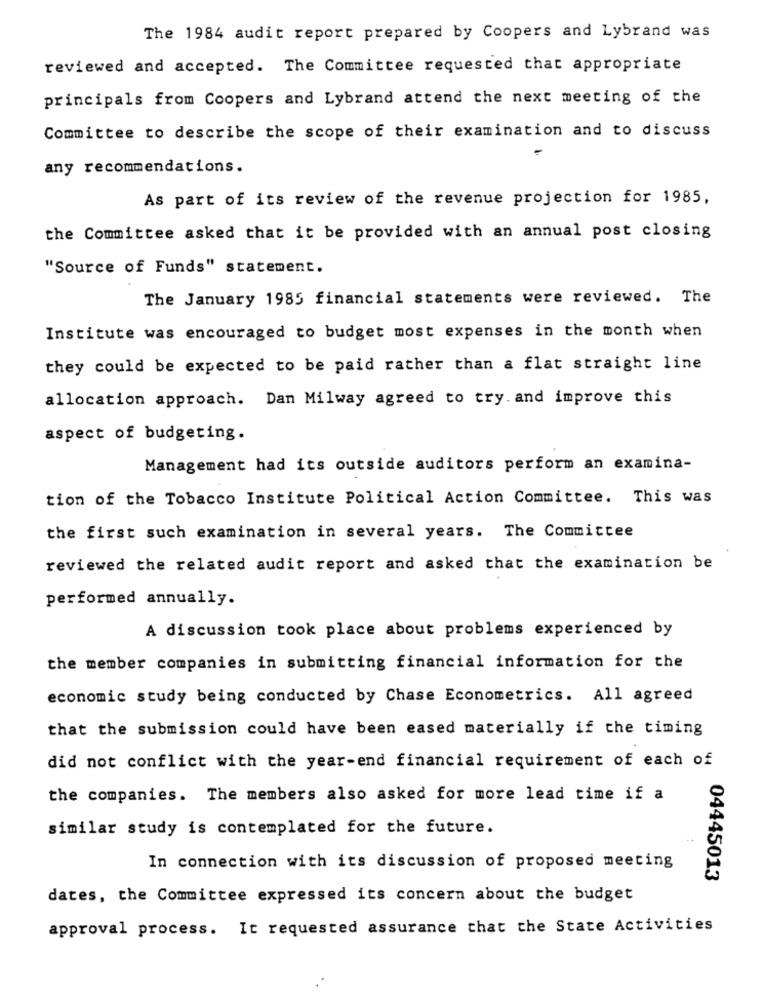
The 1984 audit report prepared by Coopers and Lybrand was
reviewed and accepted. The Committee requested that appropriate
principals from Coopers and Lybrand attend the next meeting of the
Committee to describe the scope of their examination and to discuss
any recommendations.
As part of its review of the revenue projection for 1985,
the Committee asked that it be provided with an annual post closing
"Source of Funds" statement.
The January 1985 financial statements were reviewed. The
Institute was encouraged to budget most expenses in the month when
they could be expected to be paid rather than a flat straight line
allocation approach. Dan Milway agreed to try. and improve this
aspect of budgeting.
Management had its outside auditors perform an examina-
tion of the Tobacco Institute Political Action Committee. This was
the first such examination in several years. The Committee
reviewed the related audit report and asked that the examination be
performed annually.
A discussion took place about problems experienced by
the member companies in submitting financial information for the
economic study being conducted by Chase Econometrics. All agreed
that the submission could have been eased materially if the timing
did not conflict with the year-end financial requirement of each of
the companies. The members also asked for more lead time if a
similar study is contemplated for the future.
In connection with its discussion of proposed meeting
04445013
dates, the Committee expressed its concern about the budget
approval process. It requested assurance that the State Activities